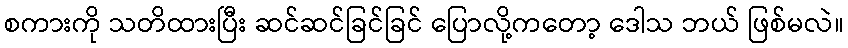
စကားကို သတိထားပြီး ဆင်ဆင်ခြင်ခြင် ပြောလို့ကတော့ ဒေါသ ဘယ် ဖြစ်မလဲ။